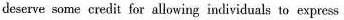
deserve some credit for allowing individuals to express